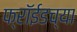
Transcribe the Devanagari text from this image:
फ्रॉईडच्या